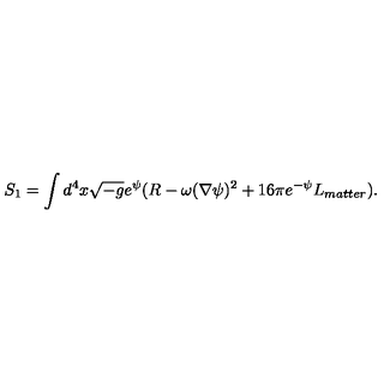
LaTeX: S _ { 1 } = \int d ^ { 4 } x \sqrt { - g } e ^ { \psi } ( R - \omega ( \nabla \psi ) ^ { 2 } + 1 6 \pi e ^ { - \psi } L _ { m a t t e r } ) .